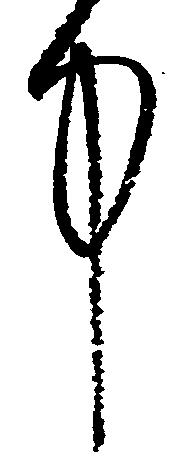
中